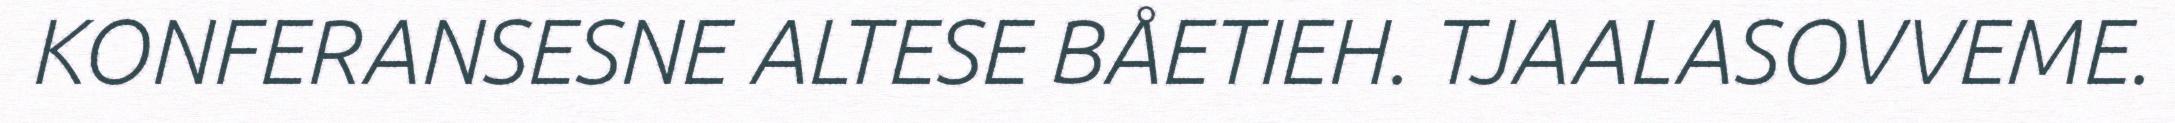
KONFERANSESNE ALTESE BÅETIEH. TJAALASOVVEME.